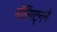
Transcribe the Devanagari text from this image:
नॉरिंगट्नने